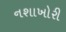
નશાખોરી